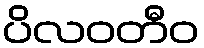
ပိလဝတီဝ